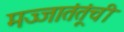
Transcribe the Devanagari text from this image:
मज्जातंतूंची